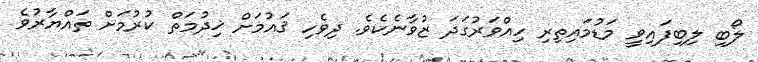
ލޯބި ލިބިފައިވީ މަޑުމައިތިރި ހިއްވަރުގަދަ ޒުވާނެކެވެ. ދިވެހި ޤައުމަށް ޚިދުމަތް ކުރުމަށް ތައްޔާރުވެ